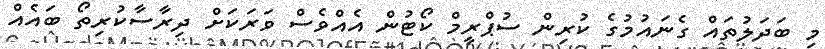
މި ބަދަލުތައް ގެނައުމުގެ ކުރިން ސުޕްރީމް ކޯޓުން އެއްވެސް ވަރަކަށް ދިރާސާކުރިތޯ ބައެއް